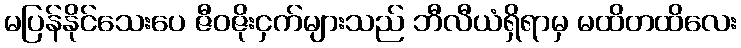
မပြန်နိုင်သေးပေ ဇီဝဇိုးငှက်များသည် ဘီလီယံရှိရာမှ မထိတထိလေး